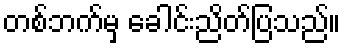
တစ်ဘက်မှ ခေါင်းညိတ်ပြသည်။